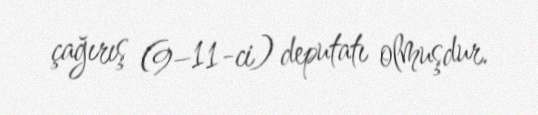
çağırış (9–11-ci) deputatı olmuşdur.